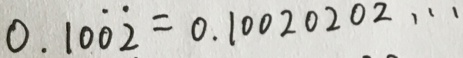
0 . 1 0 \dot { 0 } \dot { 2 } = 0 . 1 0 0 2 0 2 0 2 \cdots